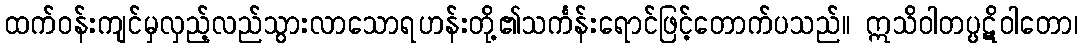
ထက်ဝန်းကျင်မှလှည့်လည်သွားလာသောရဟန်းတို့၏သင်္ကန်းရောင်ဖြင့်တောက်ပသည်။ ဣသိဝါတပ္ပဋိဝါတော၊